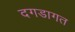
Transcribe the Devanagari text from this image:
दगडागत